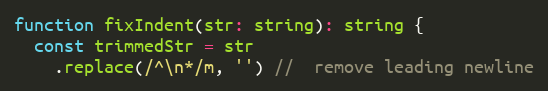
Language: JavaScript
function fixIndent(str: string): string {
  const trimmedStr = str
    .replace(/^\n*/m, '') //  remove leading newline